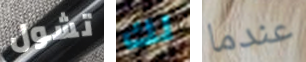
تشول لك عندما